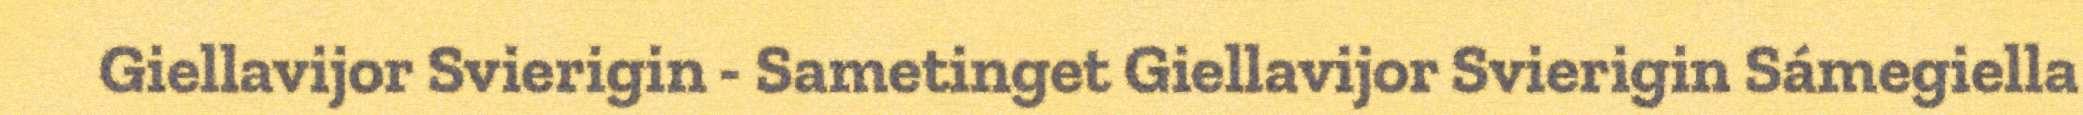
Giellavijor Svierigin - Sametinget Giellavijor Svierigin Sámegiella